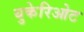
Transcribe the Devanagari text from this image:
युकेरिओट